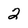
Character: 2